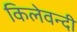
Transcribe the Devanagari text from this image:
किलेवन्दी